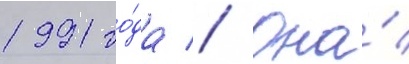
1991 го́да // Она́